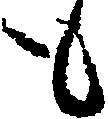
も